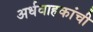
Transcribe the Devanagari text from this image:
अर्धवाहकांची